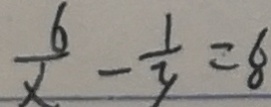
\frac { 6 } { x } - \frac { 1 } { y } = 8